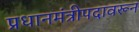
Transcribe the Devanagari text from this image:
प्रधानमंत्रीपदावरून